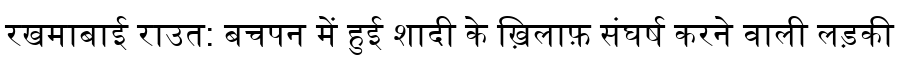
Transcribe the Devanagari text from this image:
रखमाबाई राउत: बचपन में हुई शादी के ख़िलाफ़ संघर्ष करने वाली लड़की